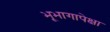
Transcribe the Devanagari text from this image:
भूभागापेक्षा